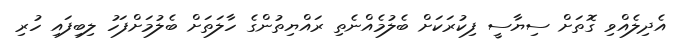
އެދިލެއްވި ގޮތަށް ސިޔާސީ ފިކުރަކަށް ބެލުމެއްނެތި ރައްޔިތުންގެ ހާލަތަށް ބެލުމަށްފަހު ލިބިފައި ހުރި